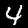
Label: 4